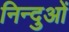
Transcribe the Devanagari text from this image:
निन्दुओं